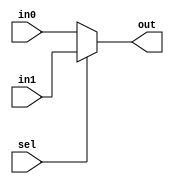
module mux_2_5(sel, in0, in1, out);
	input sel;
	input [4:0] in0,in1;
	output [4:0] out;
	assign out = sel ? in1 : in0;
endmodule